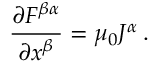
{ \frac { \partial F ^ { \beta \alpha } } { \partial x ^ { \beta } } } = \mu _ { 0 } J ^ { \alpha } \, .